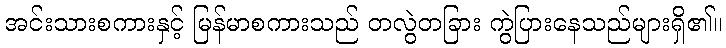
အင်းသားစကားနှင့် မြန်မာစကားသည် တလွဲတခြား ကွဲပြားနေသည်များရှိ၏။